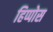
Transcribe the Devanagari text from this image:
हिप्पोस